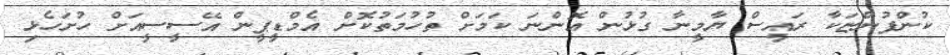
ކުންފުންޏަކާ ރައީސް ޔާމީނާ ގުޅުން އޮންނަ ކަމަށް ތުހުމަތުކޮށް އެމްޑީޕީން އޭސީސީއަށް ހުށަހެޅި